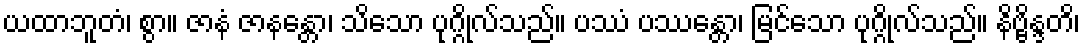
ယထာဘူတံ၊ စွာ။ ဇာနံ ဇာနန္တော၊ သိသော ပုဂ္ဂိုလ်သည်။ ပဿံ ပဿန္တော၊ မြင်သော ပုဂ္ဂိုလ်သည်။ နိဗ္ဗိန္ဒတိ၊